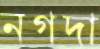
নগদা